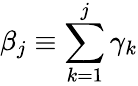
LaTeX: \beta_{j}\equiv\sum_{k=1}^{j}\gamma_{k}